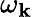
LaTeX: \omega_{\mathbf{k}}